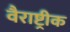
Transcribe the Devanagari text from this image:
वैराष्ट्रीक